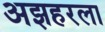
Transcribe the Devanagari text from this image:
अझहरला